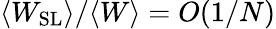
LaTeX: \langle W_{\mathrm{SL}}\rangle/\langle W\rangle=O(1/N)